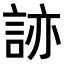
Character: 𧧩